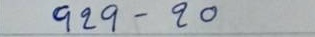
929 - 20